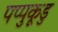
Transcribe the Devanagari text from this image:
पप्पुकूडु